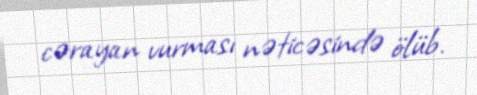
cərayan vurması nəticəsində ölüb.